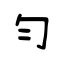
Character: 勻